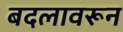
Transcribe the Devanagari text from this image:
बदलावरून